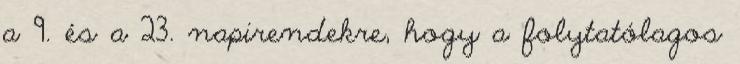
a 9. és a 23. napirendekre, hogy a folytatólagos